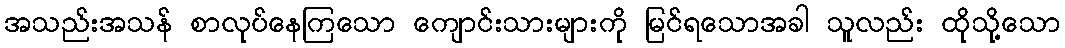
အသည်းအသန် စာလုပ်နေကြသော ကျောင်းသားများကို မြင်ရသောအခါ သူလည်း ထိုသို့သော